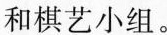
和棋艺小组。